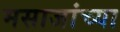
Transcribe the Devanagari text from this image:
मसाजांच्या